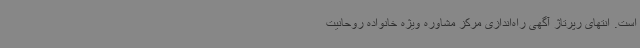
است. انتهای رپرتاژ آگهی راه‌اندازی مرکز مشاوره ویژه خانواده روحانیت